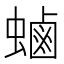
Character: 𮔶